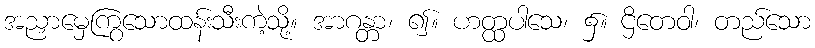
အညှာမှေကြွသောထန်းသီးကဲ့သို့။ အာဂန္တာ၊ ၍။ ဟတ္ထပါသေ၊ ၌။ ဌိတေဝါ၊ တည်သော